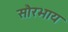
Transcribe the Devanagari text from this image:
सौरभाय